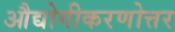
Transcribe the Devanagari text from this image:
औद्योगीकरणोत्तर